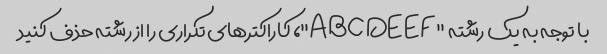
با توجه به یک رشته "ABCDEEF"، کاراکترهای تکراری را از رشته حذف کنید